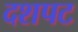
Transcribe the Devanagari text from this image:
दशपट